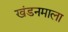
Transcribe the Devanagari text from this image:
खंडनमाला